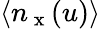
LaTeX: \langle n_{\mathrm{~x~}}(u)\rangle